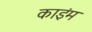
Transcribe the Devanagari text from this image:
काइंम